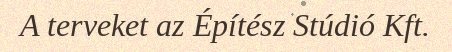
A terveket az Építész Stúdió Kft.